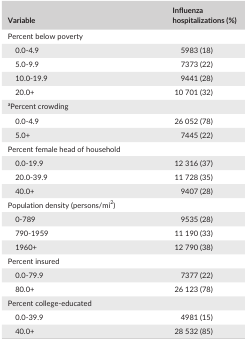
<table><thead><tr><td><b>Variable</b></td><td><b>Influenza hospitalizations (%)</b></td></tr></thead><tbody><tr><td colspan="2">Percent below poverty</td></tr><tr><td>0.0‐4.9</td><td>5983 (18)</td></tr><tr><td>5.0‐9.9</td><td>7373 (22)</td></tr><tr><td>10.0‐19.9</td><td>9441 (28)</td></tr><tr><td>20.0+</td><td>10 701 (32)</td></tr><tr><td colspan="2">aPercent crowding</td></tr><tr><td>0.0‐4.9</td><td>26 052 (78)</td></tr><tr><td>5.0+</td><td>7445 (22)</td></tr><tr><td colspan="2">Percent female head of household</td></tr><tr><td>0.0‐19.9</td><td>12 316 (37)</td></tr><tr><td>20.0‐39.9</td><td>11 728 (35)</td></tr><tr><td>40.0+</td><td>9407 (28)</td></tr><tr><td colspan="2">Population density (persons/mi<sup>2</sup>)</td></tr><tr><td>0‐789</td><td>9535 (28)</td></tr><tr><td>790‐1959</td><td>11 190 (33)</td></tr><tr><td>1960+</td><td>12 790 (38)</td></tr><tr><td colspan="2">Percent insured</td></tr><tr><td>0.0‐79.9</td><td>7377 (22)</td></tr><tr><td>80.0+</td><td>26 123 (78)</td></tr><tr><td colspan="2">Percent college‐educated</td></tr><tr><td>0.0‐39.9</td><td>4981 (15)</td></tr><tr><td>40.0+</td><td>28 532 (85)</td></tr></tbody></table>